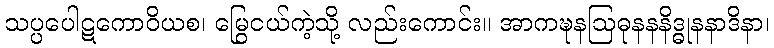
သပ္ပပေါဋကောဝိယစ၊ မြွေငယ်ကဲ့သို့ လည်းကောင်း။ အာကဍ္ဎနဩဓုနနနိဒ္ဓုနနာဒိနာ၊